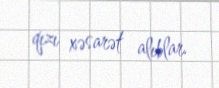
qızı xəsarət alıblar.